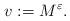
LaTeX: \begin{align*} v:=M^{\varepsilon}.\end{align*}